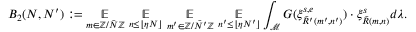
B _ { 2 } ( N , N ^ { \prime } ) : = \underset { m \in \mathbb { Z } / \tilde { N } \mathbb { Z } } { \mathbb { E } } ~ \underset { n \leq \lfloor \eta N \rfloor } { \mathbb { E } } ~ \underset { m ^ { \prime } \in \mathbb { Z } / \tilde { N ^ { \prime } } \mathbb { Z } } { \mathbb { E } } ~ \underset { n ^ { \prime } \leq \lfloor \eta N ^ { \prime } \rfloor } { \mathbb { E } } \int _ { \mathcal { M } } G ( \xi _ { \tilde { R } ^ { \prime } ( m ^ { \prime } , n ^ { \prime } ) } ^ { s , e } ) \cdot \xi _ { \tilde { R } ( m , n ) } ^ { s } d \lambda .